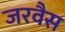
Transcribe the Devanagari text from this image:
जरवैस